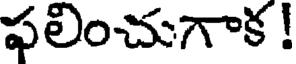
ఫలించుగాక !